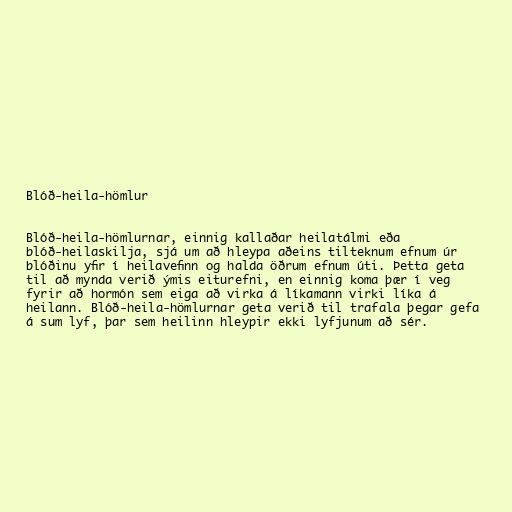
Blóð-heila-hömlur

Blóð-heila-hömlurnar, einnig kallaðar heilatálmi eða
blóð-heilaskilja, sjá um að hleypa aðeins tilteknum efnum úr
blóðinu yfir í heilavefinn og halda öðrum efnum úti. Þetta geta
til að mynda verið ýmis eiturefni, en einnig koma þær í veg
fyrir að hormón sem eiga að virka á líkamann virki líka á
heilann. Blóð-heila-hömlurnar geta verið til trafala þegar gefa
á sum lyf, þar sem heilinn hleypir ekki lyfjunum að sér.